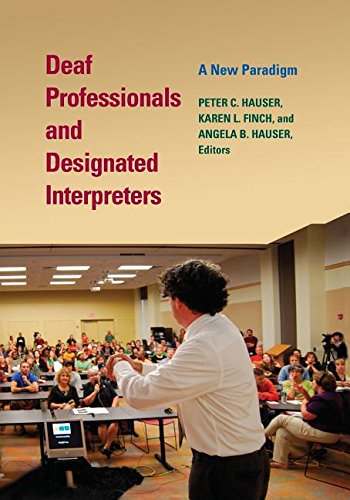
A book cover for Deaf Professionals and Designated Interpreters: A New Paradigm; Reference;